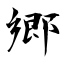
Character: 郷